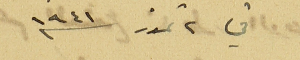
في ٢ تموز سنه ١٩٤١